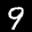
Label: 9